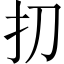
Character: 㧅